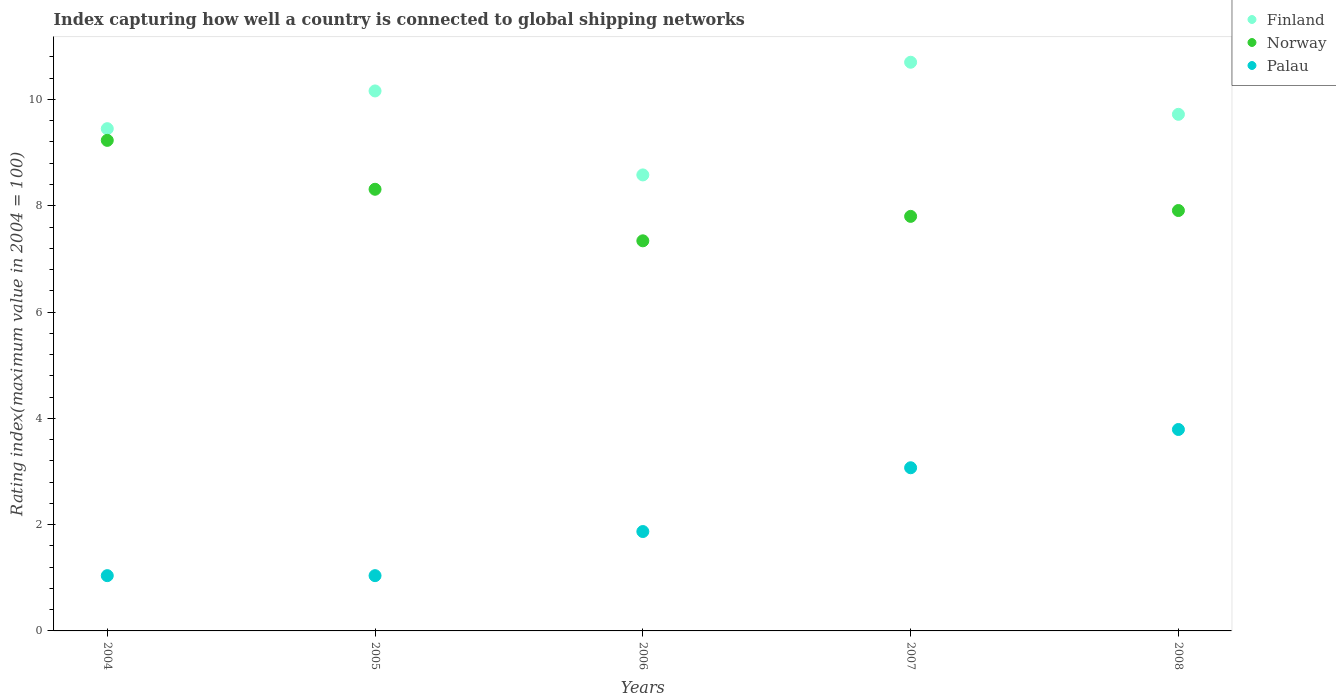
| Years | Finland | Norway | Palau |
 | --- | --- | --- | --- |
 | 2004 | 9.45 | 9.23 | 1.04 |
 | 2005 | 10.2 | 8.31 | 1.04 |
 | 2006 | 8.58 | 7.34 | 1.87 |
 | 2007 | 10.7 | 7.8 | 3.07 |
 | 2008 | 9.72 | 7.91 | 3.79 |